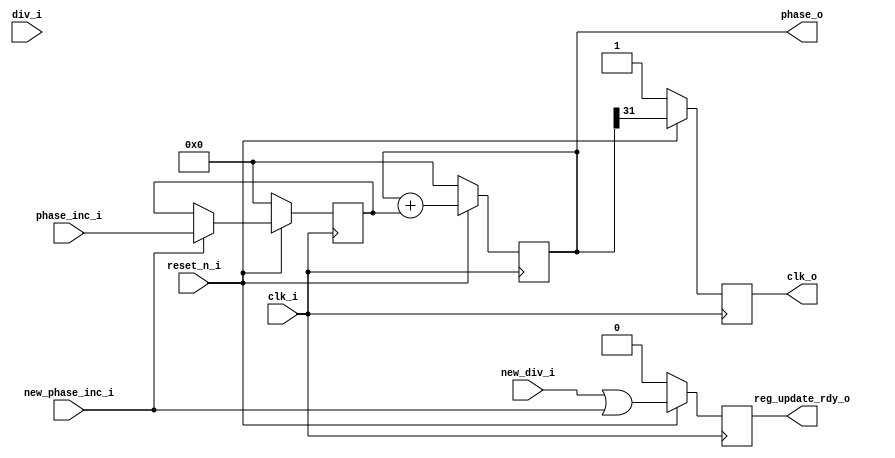
// ***************************************************************************
// ***************************************************************************
// Copyright 2011(c) Analog Devices, Inc.
//
// All rights reserved.
//
// Redistribution and use in source and binary forms, with or without modification,
// are permitted provided that the following conditions are met:
//     - Redistributions of source code must retain the above copyright
//       notice, this list of conditions and the following disclaimer.
//     - Redistributions in binary form must reproduce the above copyright
//       notice, this list of conditions and the following disclaimer in
//       the documentation and/or other materials provided with the
//       distribution.
//     - Neither the name of Analog Devices, Inc. nor the names of its
//       contributors may be used to endorse or promote products derived
//       from this software without specific prior written permission.
//     - The use of this software may or may not infringe the patent rights
//       of one or more patent holders.  This license does not release you
//       from the requirement that you obtain separate licenses from these
//       patent holders to use this software.
//     - Use of the software either in source or binary form, must be run
//       on or directly connected to an Analog Devices Inc. component.
//
// THIS SOFTWARE IS PROVIDED BY ANALOG DEVICES "AS IS" AND ANY EXPRESS OR IMPLIED WARRANTIES,
// INCLUDING, BUT NOT LIMITED TO, NON-INFRINGEMENT, MERCHANTABILITY AND FITNESS FOR A
// PARTICULAR PURPOSE ARE DISCLAIMED.
//
// IN NO EVENT SHALL ANALOG DEVICES BE LIABLE FOR ANY DIRECT, INDIRECT, INCIDENTAL, SPECIAL,
// EXEMPLARY, OR CONSEQUENTIAL DAMAGES (INCLUDING, BUT NOT LIMITED TO, INTELLECTUAL PROPERTY
// RIGHTS, PROCUREMENT OF SUBSTITUTE GOODS OR SERVICES; LOSS OF USE, DATA, OR PROFITS; OR
// BUSINESS INTERRUPTION) HOWEVER CAUSED AND ON ANY THEORY OF LIABILITY, WHETHER IN CONTRACT,
// STRICT LIABILITY, OR TORT (INCLUDING NEGLIGENCE OR OTHERWISE) ARISING IN ANY WAY OUT OF
// THE USE OF THIS SOFTWARE, EVEN IF ADVISED OF THE POSSIBILITY OF SUCH DAMAGE.
// ***************************************************************************
// ***************************************************************************
// ***************************************************************************
// ***************************************************************************

`timescale 1ns/100ps

//------------------------------------------------------------------------------   
//----------- Module Declaration -----------------------------------------------
//------------------------------------------------------------------------------ 
module clk_div
    (
        // Clock and Reset signals
        input 			clk_i,
        input 			reset_n_i,
		
		// Clock divider
		input 			new_div_i,
		input   [31:0] 	div_i,
		input			new_phase_inc_i,
		input   [31:0] 	phase_inc_i,
        
		// Divided clock output
		output	reg		reg_update_rdy_o,
		output 			clk_o,
		output 	[31:0]	phase_o
    );

//------------------------------------------------------------------------------
//----------- Registers Declarations -------------------------------------------
//------------------------------------------------------------------------------
reg [31:0] div;
reg [31:0] div_cnt;
reg [31:0] phase;
reg [31:0] phase_inc;
reg        clk_div;

//------------------------------------------------------------------------------
//----------- Assign/Always Blocks ---------------------------------------------
//------------------------------------------------------------------------------
assign clk_o 	= clk_div;
assign phase_o 	= phase;

// Register update logic
always @(posedge clk_i)
begin
    if(reset_n_i == 1'b0)
    begin
        div   		<= 'd0;
		phase_inc	<= 'd0;
		reg_update_rdy_o <= 1'b0;
    end
    else
    begin
		if(new_div_i == 1'b1)
		begin
			div <= div_i;			
		end
		if(new_phase_inc_i == 1'b1)
		begin
			phase_inc <= phase_inc_i;			
		end
		reg_update_rdy_o <= new_div_i | new_phase_inc_i;		
    end
end

// Clock division logic
always @(posedge clk_i)
begin
    if(reset_n_i == 1'b0)
    begin
		clk_div	<= 'd1;
		phase   <= 'd0;
    end
    else
    begin
        if(div_cnt < div)
		begin
			div_cnt <= div_cnt + 'd1;
		end
		else
		begin
			div_cnt <= 'd1;
			//clk_div <= ~clk_div;
		end
		phase <= phase + phase_inc;
		clk_div <= phase[31];
    end
end

endmodule